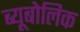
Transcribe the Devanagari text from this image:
ब्यूबोलिक